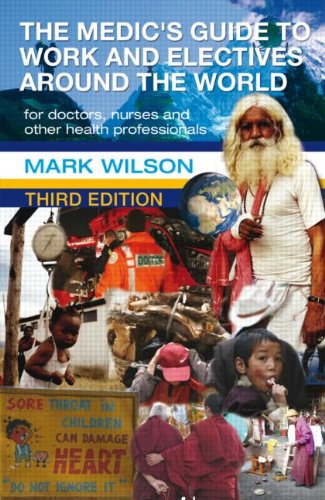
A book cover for The Medic's Guide to Work and Electives Around the World 3E; Mark Wilson; Medical Books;